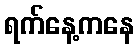
ရက်နေ့ကနေ